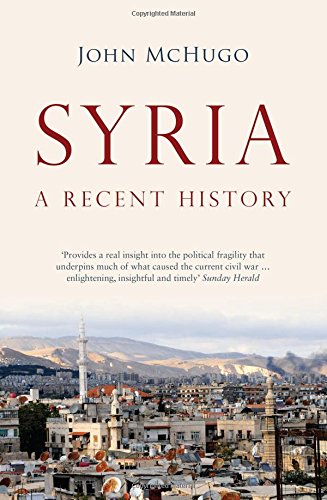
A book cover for Syria: A Recent History; John McHugo; History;